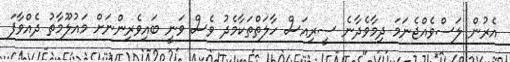
އެރުން ލަސްވެއްޖެނަމަ ދިމާވެދާނެ ސީރިއަސް ހާލަތްތަކާމެދު ވެސް ވަނީ ބައިވެރިންނަށް މައުލޫމާތު ދެއްވާފަ